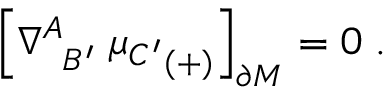
\Bigr [ \nabla _ { \; \; B ^ { \prime } } ^ { A } \; { \mu _ { C ^ { \prime } } } _ { ( + ) } \Bigr ] _ { \partial M } = 0 \; .